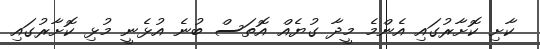
ކާށި ކޮށާރުގައި އެންމެ މީދާ ގުޔެއް އޮތަސް ބުނެ އުޅެނީ މުޅި ކޮށާރުގައި